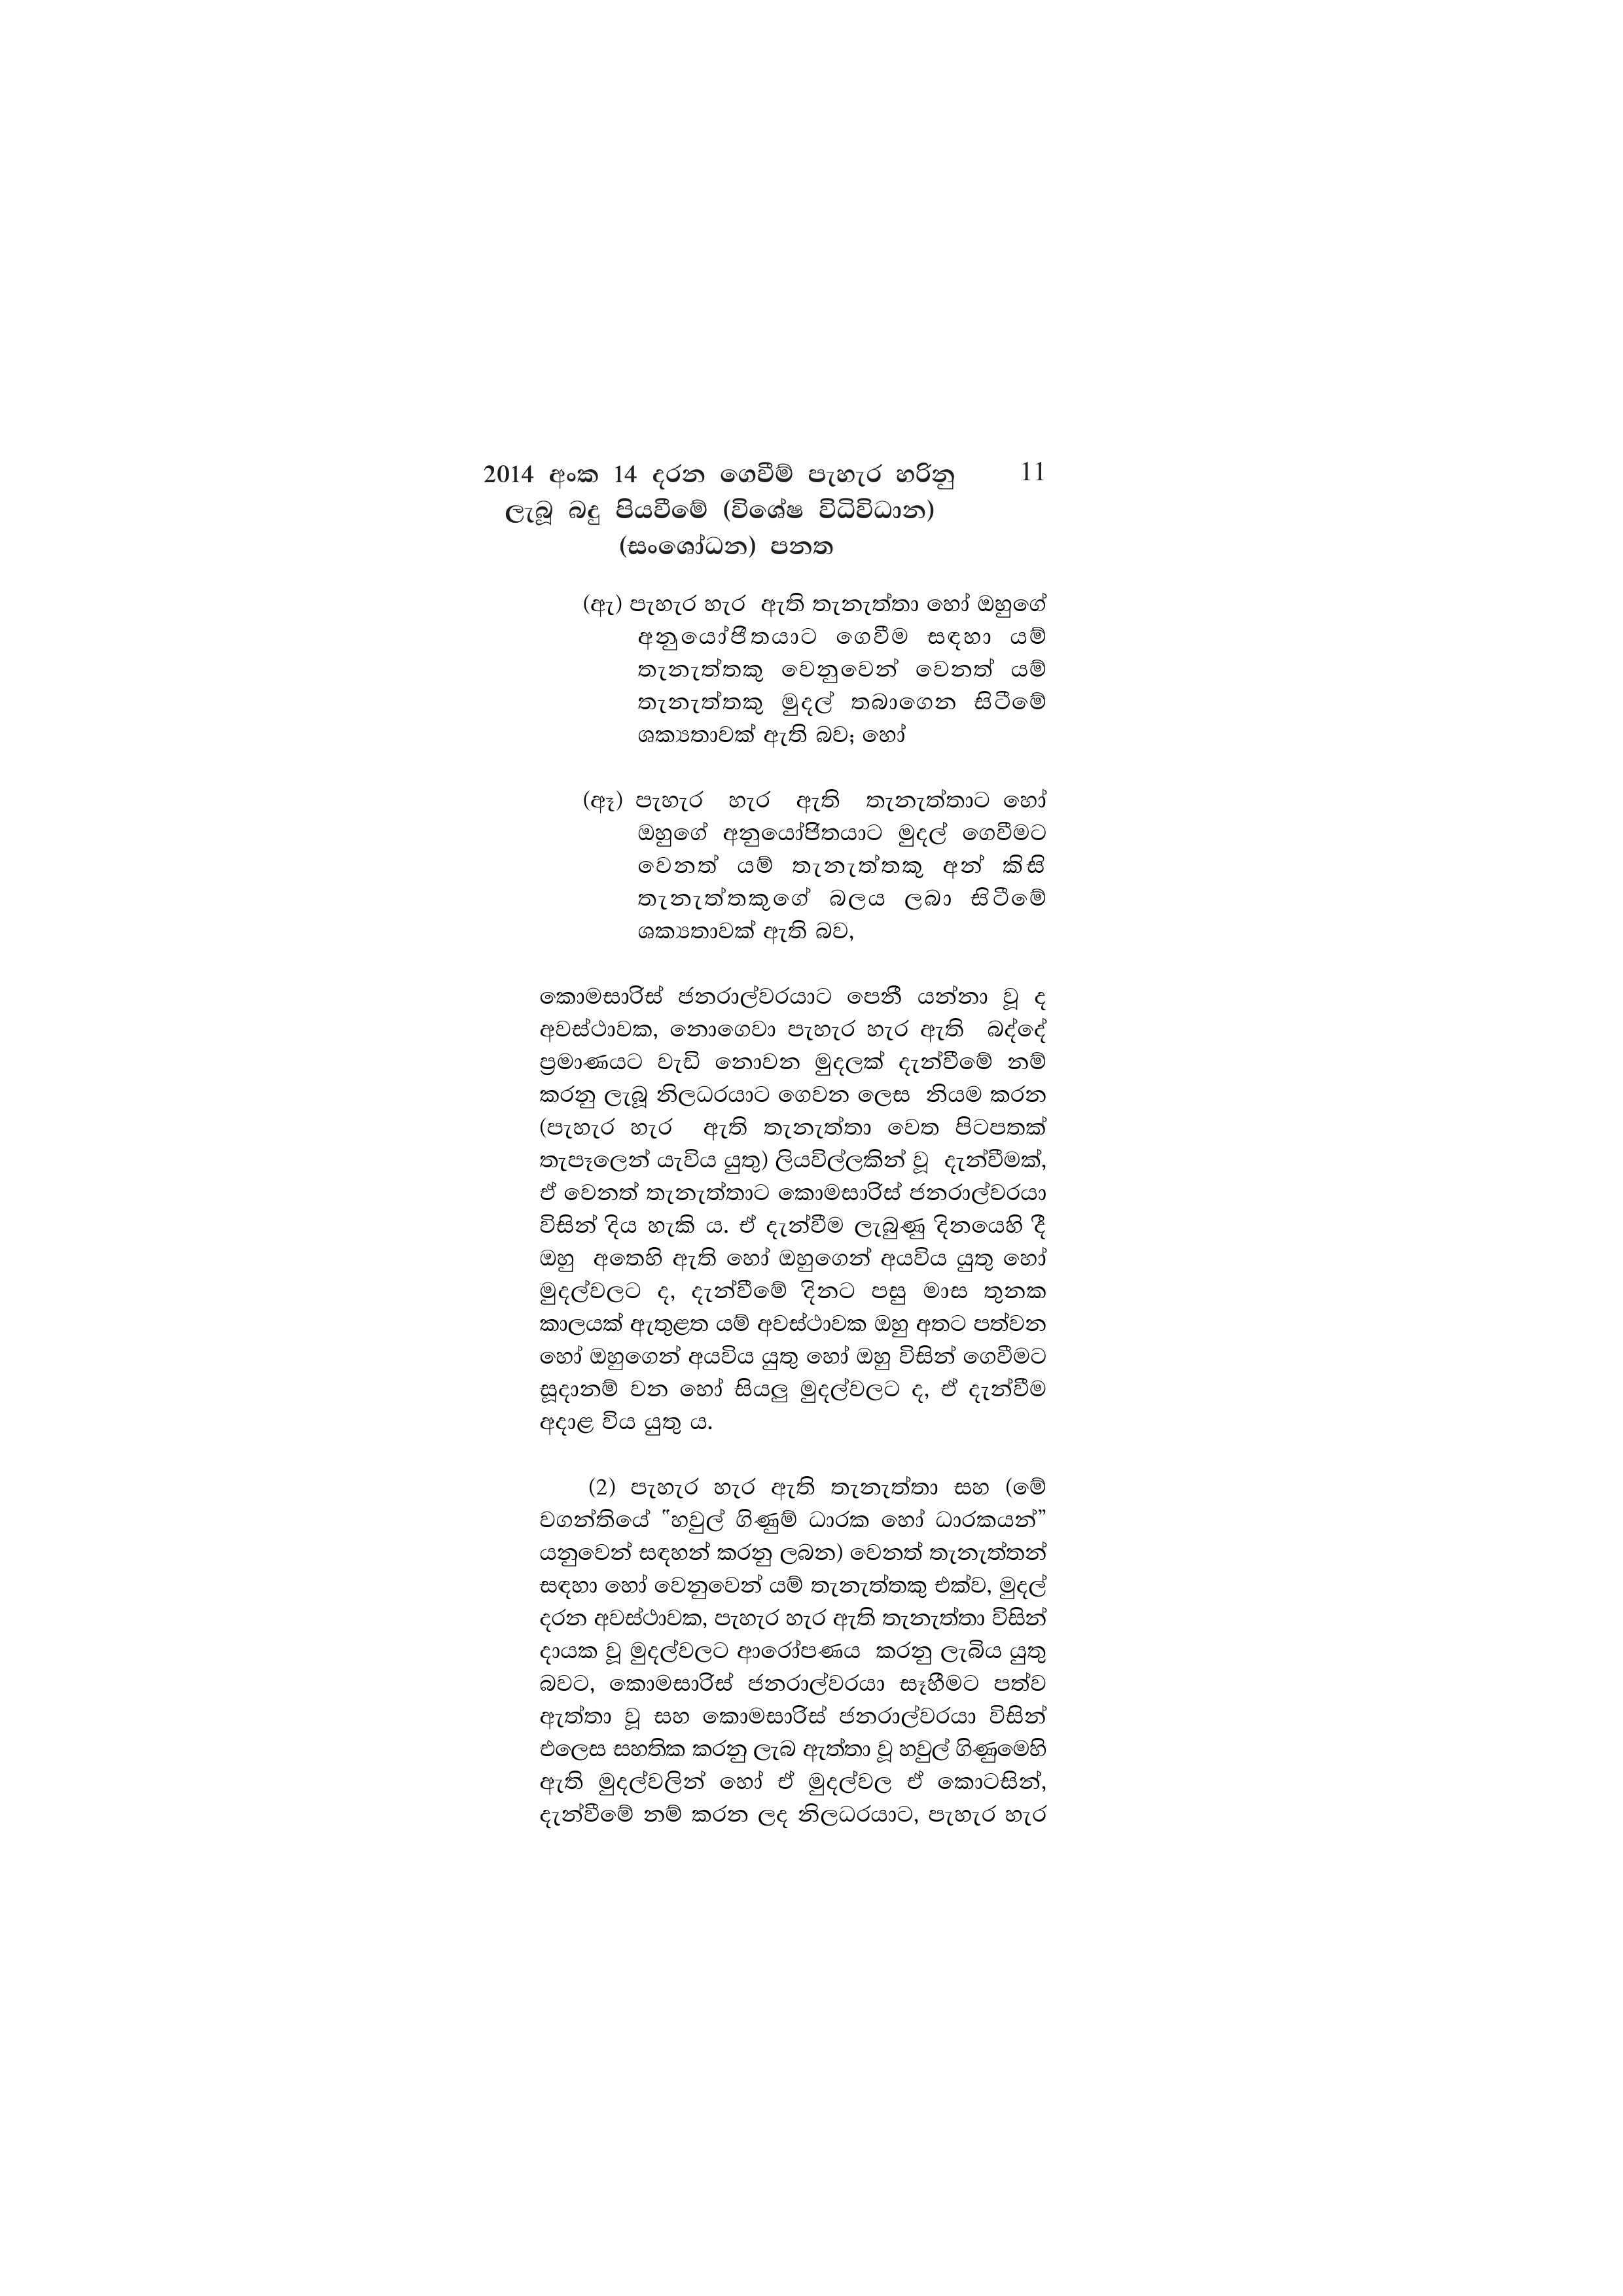
2014 අංක 14 දරන ගෙවීම් පැහැර හරිනු 11
ලැබූ බදු පියවීමේ (විශේෂ විධිවිධාන)
(සංශෝධන) පනත

(ඇ) පැහැර හැර ඇති තැනැත්තා හෝ ඔහුගේ
අනුයෝජිතයාට ගෙවීම සඳහා යම්
තැනැත්තකු වෙනුවෙන් වෙනත් යම්
තැනැත්තකු මුදල් තබාගෙන සිටීමේ
ශක්‍යතාවක් ඇති බව; හෝ

(ඈ) පැහැර හැර ඇති තැනැත්තාට හෝ
ඔහුගේ අනුයෝජිතයාට මුදල් ගෙවීමට
වෙනත් යම් තැනැත්තකු අන් කිසි
තැනැත්තකුගේ බලය ලබා සිටීමේ
ශක්‍යතාවක් ඇති බව,

කොමසාරිස් ජනරාල්වරයාට පෙනී යන්නා වූ ද
අවස්ථාවක, නොගෙවා පැහැර හැර ඇති බද්දේ
ප්‍රමාණයට වැඩි නොවන මුදලක් දැන්වීමේ නම්
කරනු ලැබූ නිලධරයාට ගෙවන ලෙස නියම කරන
(පැහැර හැර ඇති තැනැත්තා වෙත පිටපතක්
තැපෑලෙන් යැවිය යුතු) ලියවිල්ලකින් වූ දැන්වීමක්,
ඒ වෙනත් තැනැත්තාට කොමසාරිස් ජනරාල්වරයා
විසින් දිය හැකි ය. ඒ දැන්වීම ලැබුණු දිනයෙහි දී
ඔහු අතෙහි ඇති හෝ ඔහුගෙන් අයවිය යුතු හෝ
මුදල්වලට ද, දැන්වීමේ දිනට පසු මාස තුනක
කාලයක් ඇතුළත යම් අවස්ථාවක ඔහු අතට පත්වන
හෝ ඔහුගෙන් අයවිය යුතු හෝ ඔහු විසින් ගෙවීමට
සූදානම් වන හෝ සියලු මුදල්වලට ද, ඒ දැන්වීම
අදාළ විය යුතු ය.

(2) පැහැර හැර ඇති තැනැත්තා සහ (මේ
වගන්තියේ "හවුල් ගිණුම් ධාරක හෝ ධාරකයන්”
යනුවෙන් සඳහන් කරනු ලබන) වෙනත් තැනැත්තන්
සඳහා හෝ වෙනුවෙන් යම් තැනැත්තකු එක්ව, මුදල්
දරන අවස්ථාවක, පැහැර හැර ඇති තැනැත්තා විසින්
දායක වූ මුදල්වලට ආරෝපණය කරනු ලැබිය යුතු
බවට, කොමසාරිස් ජනරාල්වරයා සෑහීමට පත්ව
ඇත්තා වූ සහ කොමසාරිස් ජනරාල්වරයා විසින්
එලෙස සහතික කරනු ලැබ ඇත්තා වූ හවුල් ගිණුමෙහි
ඇති මුදල්වලින් හෝ ඒ මුදල්වල ඒ කොටසින්,
දැන්වීමේ නම් කරන ලද නිලධරයාට, පැහැර හැර